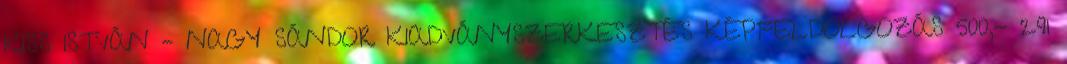
KISS ISTVÁN – NAGY SÁNDOR KIADVÁNYSZERKESZTÉS KÉPFELDOLGOZÁS 500,- 291